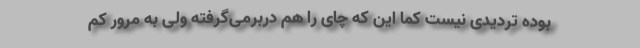
بوده تردیدی نیست کما این که چای را هم دربرمی‌گرفته ولی به مرور کم